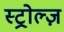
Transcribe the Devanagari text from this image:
स्ट्रोल्ज़